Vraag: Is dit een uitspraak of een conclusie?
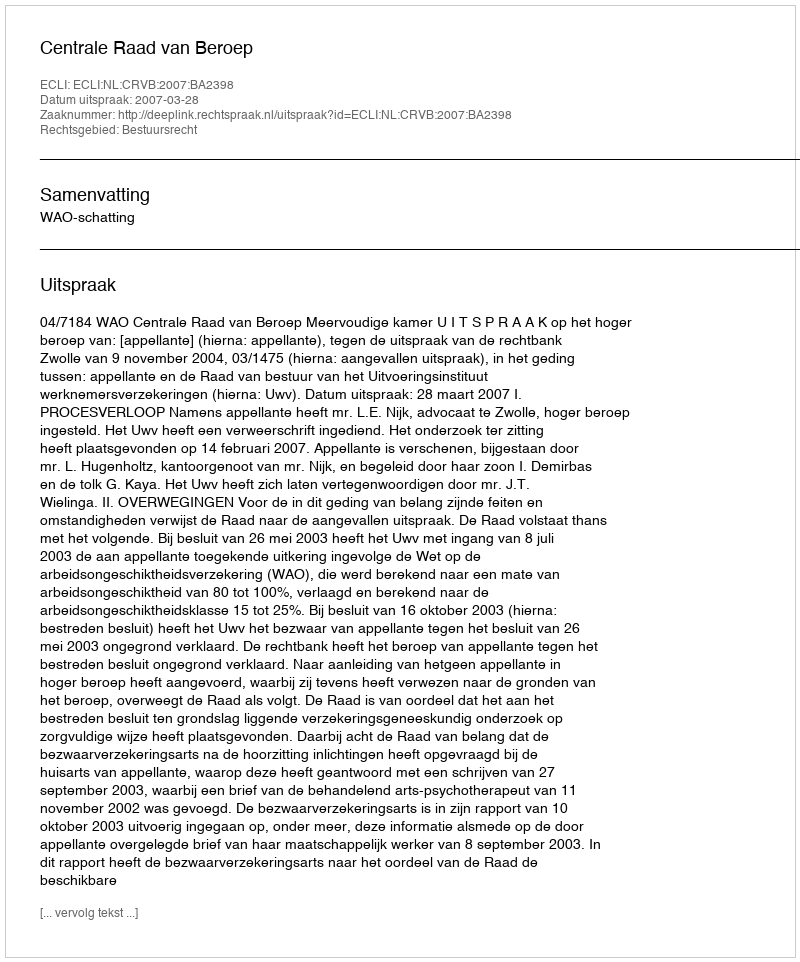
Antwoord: Uitspraak